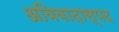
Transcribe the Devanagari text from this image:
अविवादास्पद